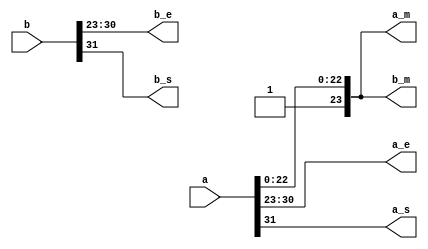
`timescale 1ns / 1ps
//////////////////////////////////////////////////////////////////////////////////
// Company: 
// Engineer: 
// 
// Design Name: 
// Module Name:    regdiv 
// Project Name: 
// Target Devices: 
// Tool versions: 
// Description: 
//
// Dependencies: 
//
// Revision: 
// Revision 0.01 - File Created
// Additional Comments: 
//
//////////////////////////////////////////////////////////////////////////////////
module regdiv(
    input [31:0] a,
    input [31:0] b,
    output reg [23:0] a_m,
    output reg [7:0] a_e,
    output reg a_s,
    output reg [23:0] b_m,
    output reg [7:0] b_e,
    output reg b_s
    );

always @(a,b) begin
a_m={1'b1,a[22:0]};
a_e=a[30:23];
a_s=a[31];
b_m={1'b1,a[22:0]};
b_e=b[30:23];
b_s=b[31];
end

endmodule